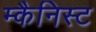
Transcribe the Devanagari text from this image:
म्कैनिस्ट